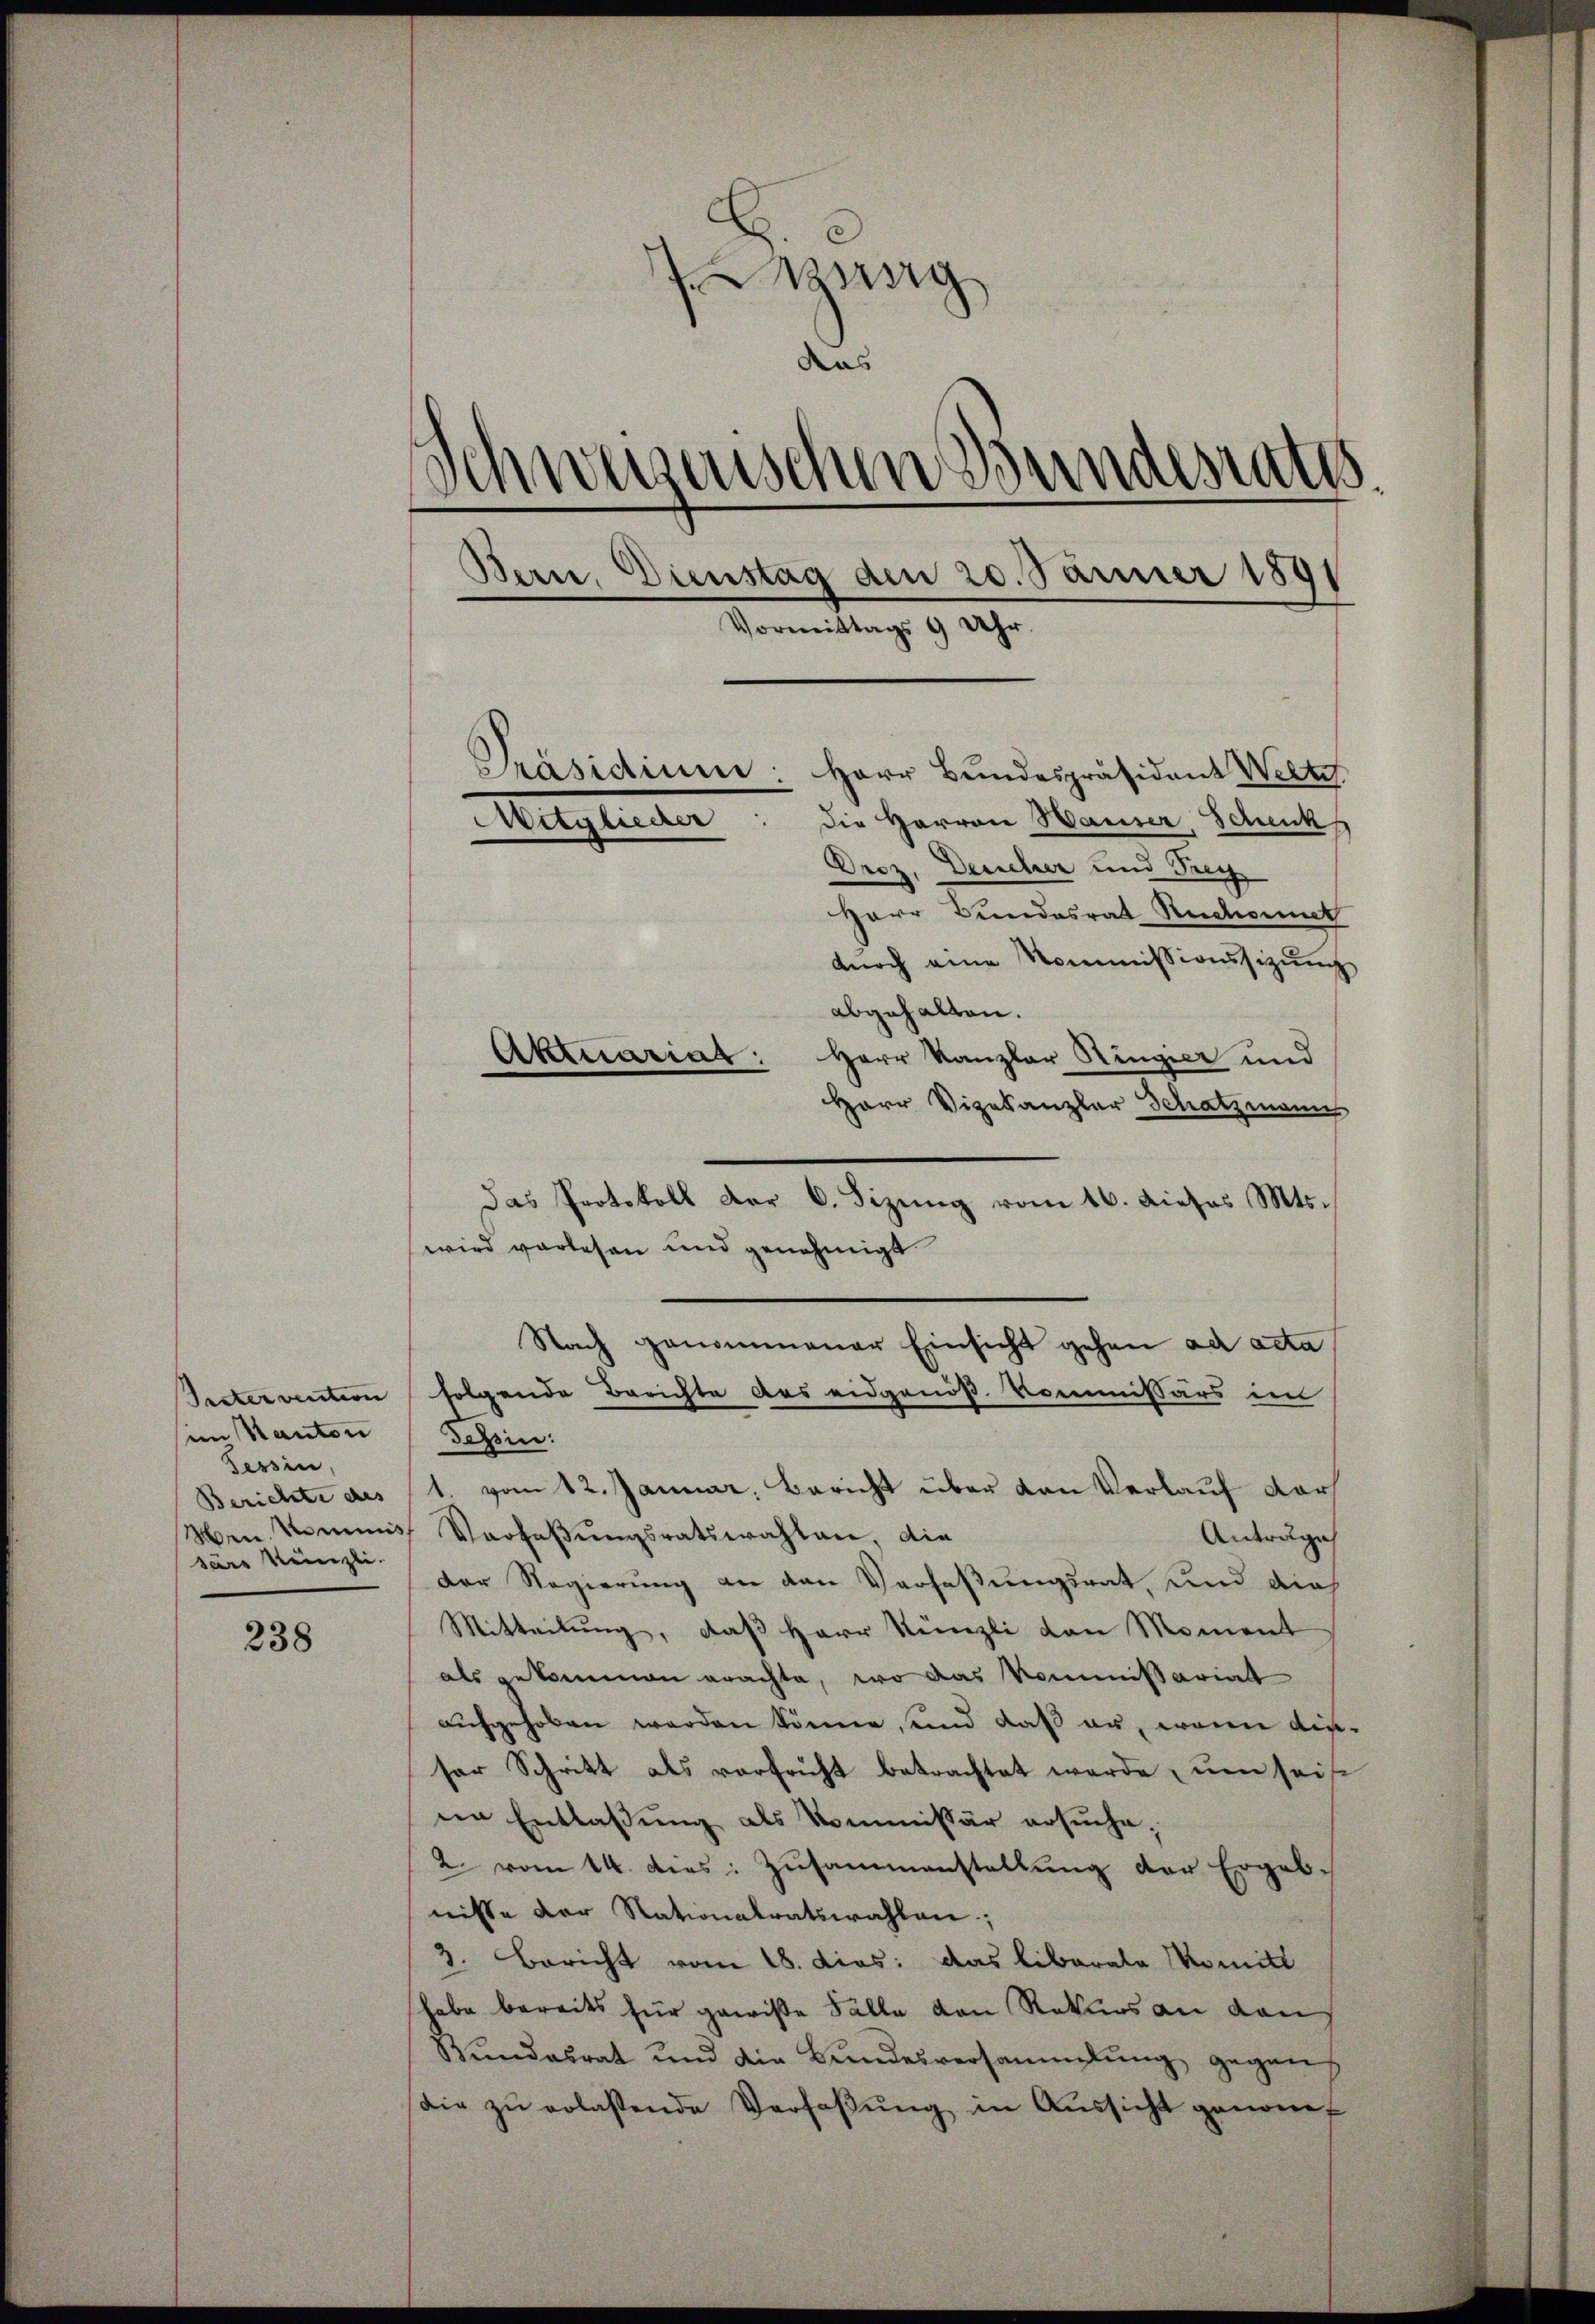
im Kanton (Tessin:
Tessin,
säre kanzli.

238

zg
das
Schweizerischen Bundesrath.
Bern, Dienstag den 20. Jänner 1891
Vormittags 9 Uhr.
Präsidium. Herr Bundespräsident Welte
Die Herren Hauser, Schenk
Mitglieder
Droz. Deucher und Frey
Herr Bundesrat Rechnunt
dŭrch eine Kommissionssizŭng

abgehalten.
Aktuariat: Herr Kanzler Ringier und
Herr Vizekanzler Schatzmanns
Das Protokoll der C. Sizung vom 16. dieses Mts.
wird vorlesen und genehmigt
Nach genommener Einsicht gehen ad acta
Sestervention folgende Berichte des eidgenöß. Kommissärs im
Berichte des 1. vom 12. Januar, Bericht über den Verlauf darf
Hrn. Kommis Vorfaβŭngsratswahlen, die
Antrage
Der Regierung an den Verfaßungsrat, und dies
Mitteilung, daß Herr Künzli von Moment
als gekommen erachte, wo das Kommißariat
aufgehoben werden könne, und daß er, wenn dieser Schritt als verfricht betrachtet werde, um seist
in Entlaßung als Kommissär ersuche,
2 vom 14. dies: Zusammenstellung der Ergebnisse der Nationalratswahlen;
3. Bericht vom 18. dies: das liberale Momitt
habe bereits für gewiße Fälle von Rekurs an dan
Bundesrat und die Bundesversammlung gegen
sie zŭ erlassende Verfaβŭng in Aŭssicht genom¬